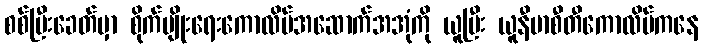
စစ်ပြီးခေတ်မှာ စိုက်ပျိုးရေးကောလိပ်အဆောက်အအုံကို ယူပြီး ယူနီဗာစီတီကောလိပ်ကနေ